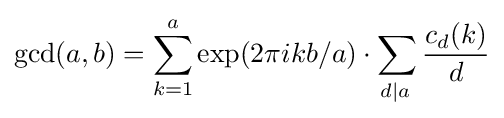
\gcd(a,b)=\sum \limits _{k=1}^{a}\exp(2\pi ikb/a)\cdot \sum \limits _{d\left|a\right.}{\frac {c_{d}(k)}{d}}